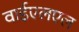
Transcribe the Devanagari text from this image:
वाईएलएल